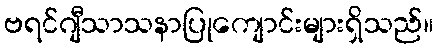
ဗရင်ဂျီသာသနာပြုကျောင်းများရှိသည်။